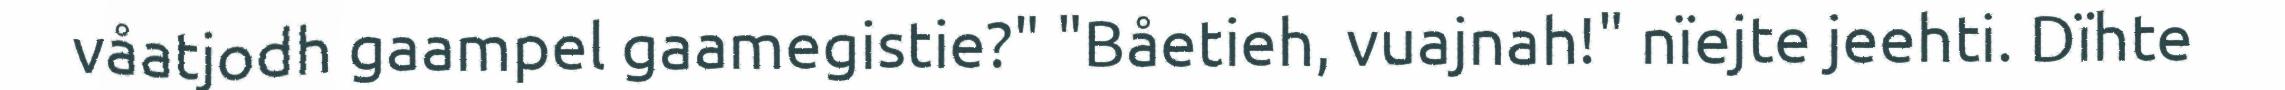
våatjodh gaampel gaamegistie?" "Båetieh, vuajnah!" nïejte jeehti. Dïhte